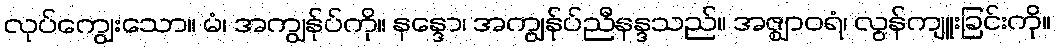
လုပ်ကျွေးသော။ မံ၊ အကျွန်ုပ်ကို။ နန္ဒော၊ အကျွန်ုပ်ညီနန္ဒသည်။ အဇ္ဈာဝရံ၊ လွန်ကျူးခြင်းကို။